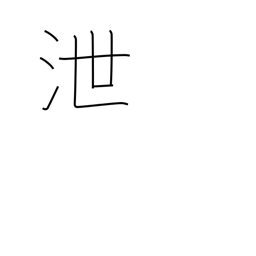
Meaning: leak